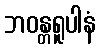
ဘဝန္တရူပါနံ